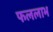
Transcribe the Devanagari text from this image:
फललाभ